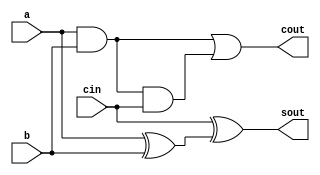
`timescale 1ns / 1ps


module fulladder_s(
    input a,b,cin,
    output sout,cout
    );
    
    wire w1,w2,w3;
    
    xor g0 (w1,a,b);
    xor g1 (sout,cin,w1);
    and g2 (w2,a,b);
    and g3 (w3,w2,cin);
    or  g4 (cout,w2,w3);
endmodule